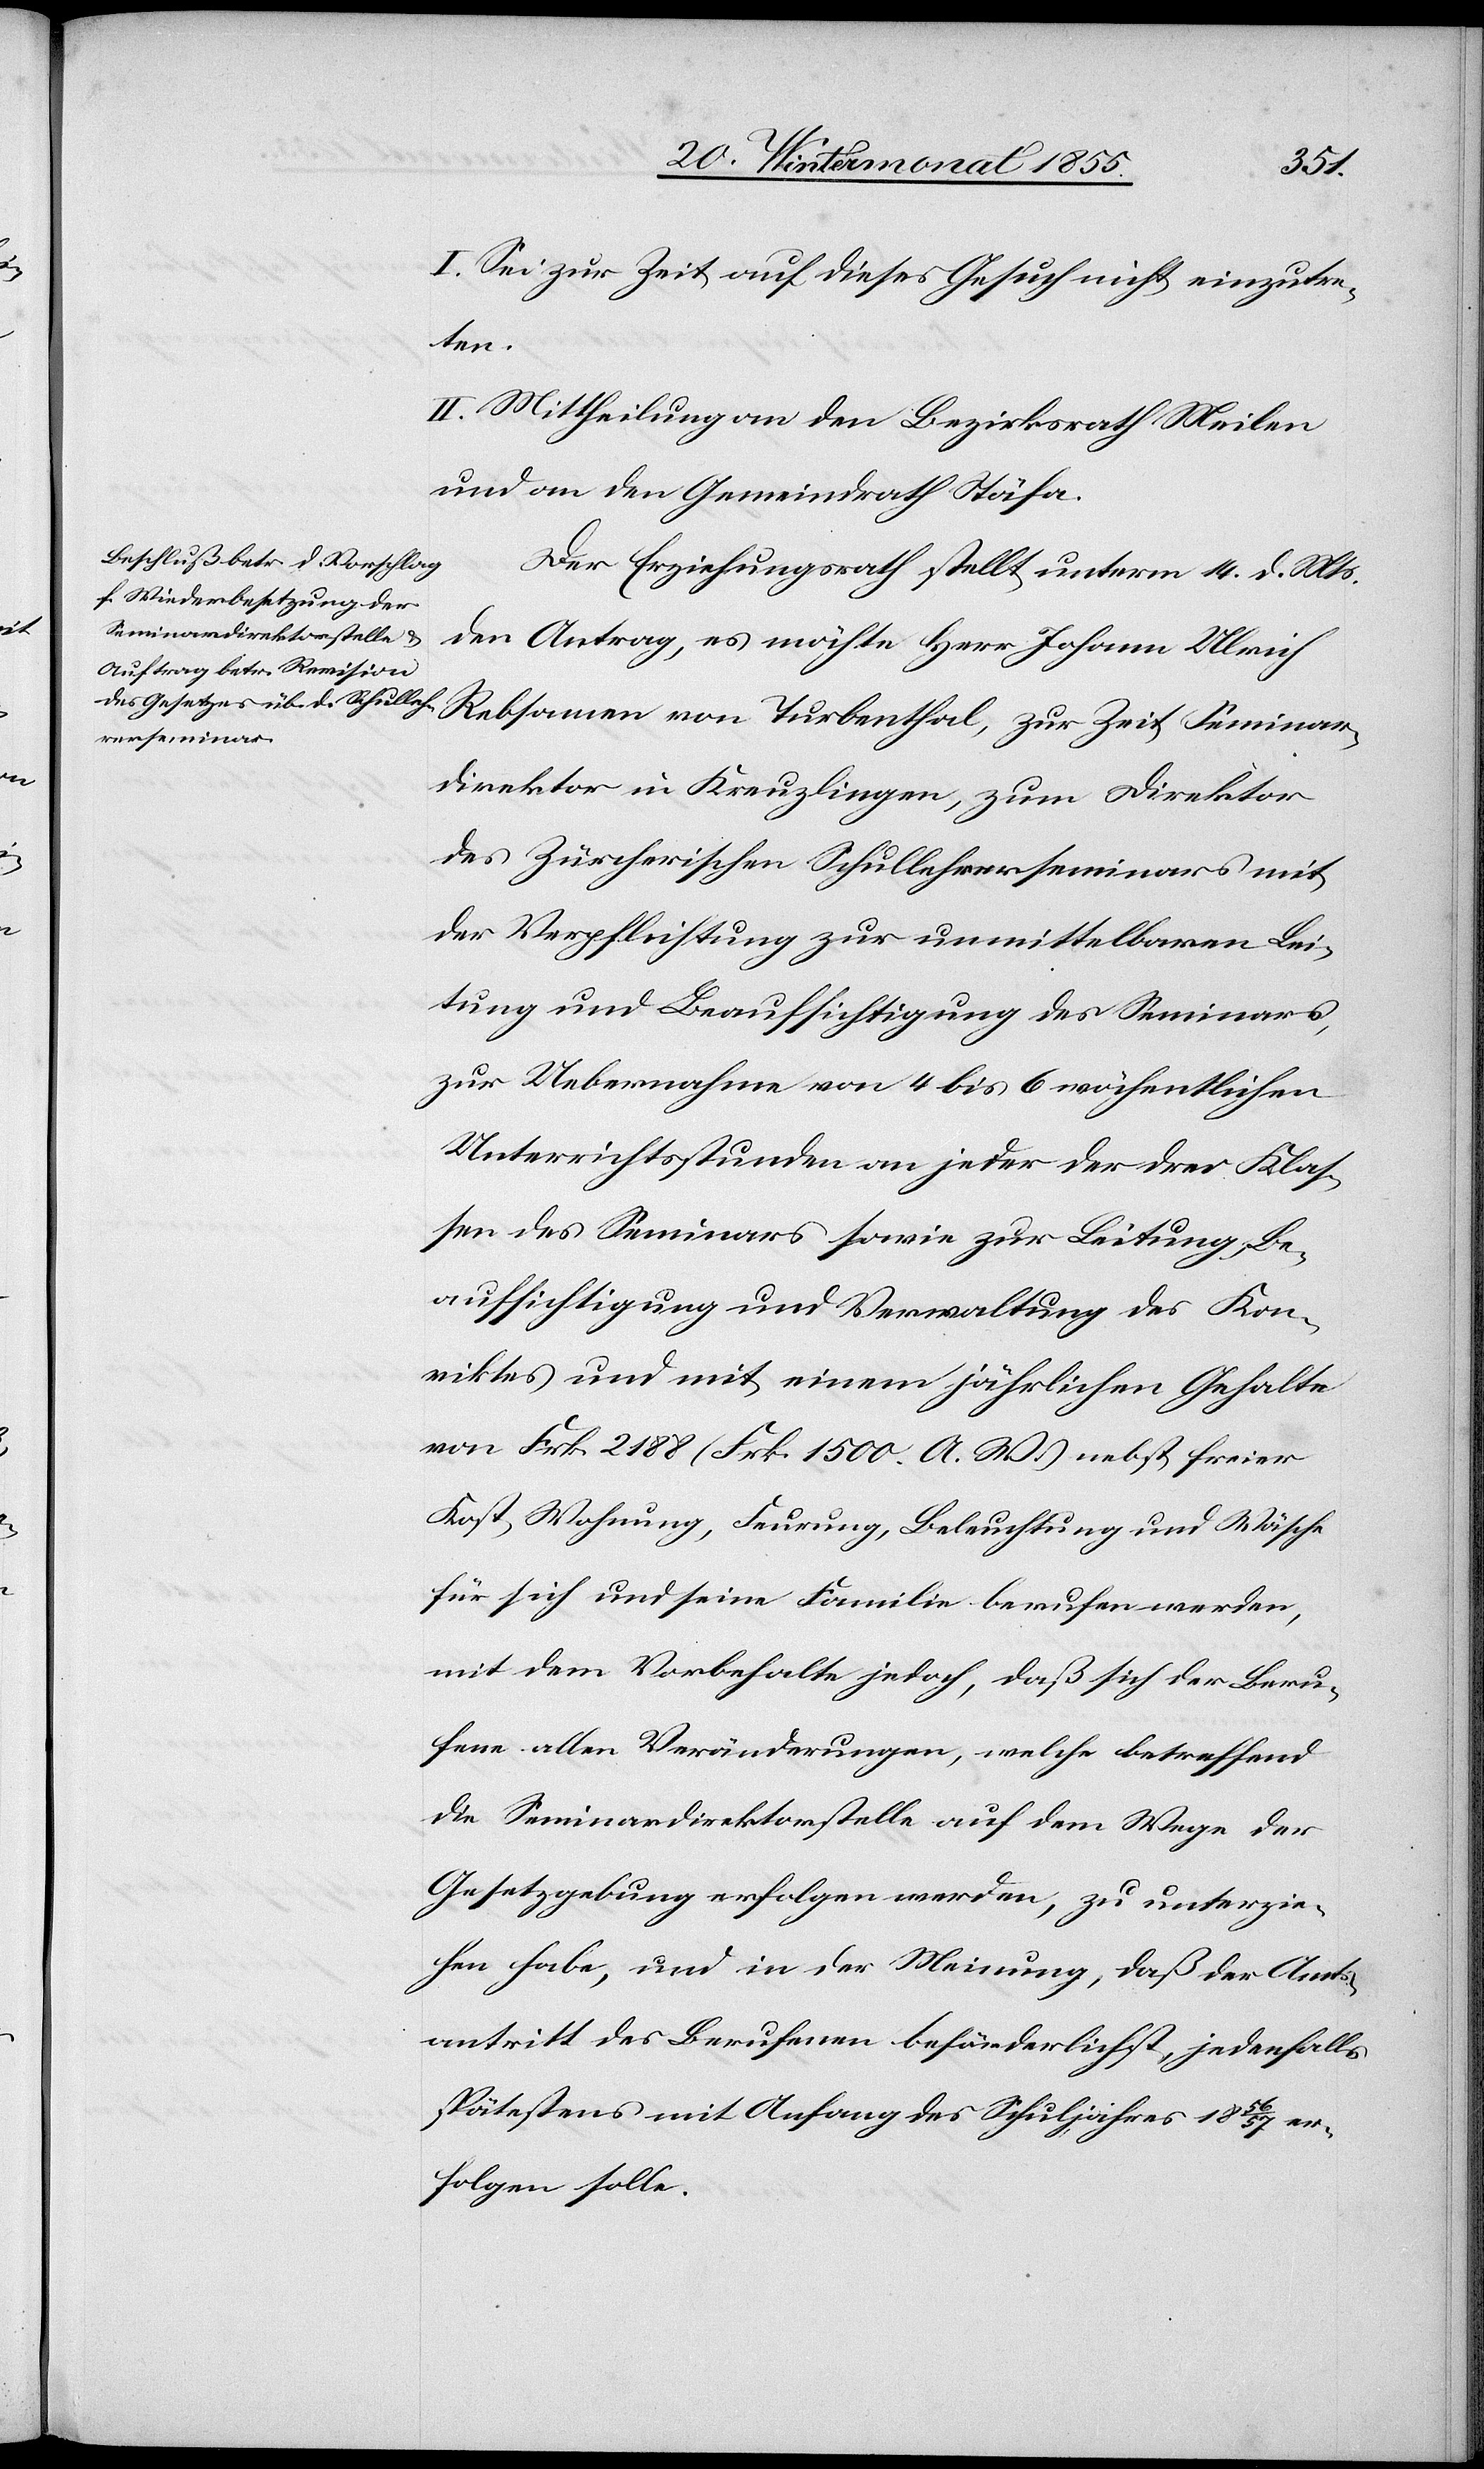
I. Sei zur Zeit auf dieses Gesuch nicht einzutre¬
ten.
II. Mittheilung an den Bezirksrath Meilen
und an den Gemeindrath Stäfa.
Der Erziehungsrath stellt unterm 14. d. Mts.
den Antrag, es möchte Herr Johann Ulrich
Rebsamen von Turbenthal, zur Zeit Seminar¬
direktor in Kreuzlingen, zum Direktor
des Zürcherischen Schullehrerseminars mit
der Verpflichtung zur unmittelbaren Lei¬
tung und Beaufsichtigung des Seminars,
zur Uebernahme von 4 bis 6 wöchentlichen
Unterrichtsstunden an jeder der drei Klas¬
sen des Seminars sowie zur Leitung, Be¬
aufsichtigung und Verwaltung des Kon¬
viktes und mit einem jährlichen Gehalte
von Frk. 2188 (Frk. 1500. A. W.) nebst freier
Kost, Wohnung, Feurung, Beleuchtung und Wäsche
für sich und seine Familie berufen werden,
mit dem Vorbehalte jedoch, daß sich der Beru¬
fene allen Veränderungen, welche betreffend
die Seminardirektorstelle auf dem Wege der
Gesetzgebung erfolgen werden, zu unterzie¬
hen habe, und in der Meinung, daß der Amts¬
antritt des Berufenen beförderlichst, jedenfalls s¬
pätestens mit Anfang des Schuljahres 1856 / 57 er¬
folgen solle.